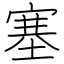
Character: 塞